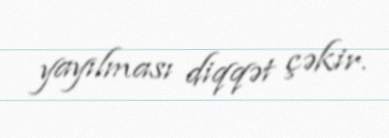
yayılması diqqət çəkir.